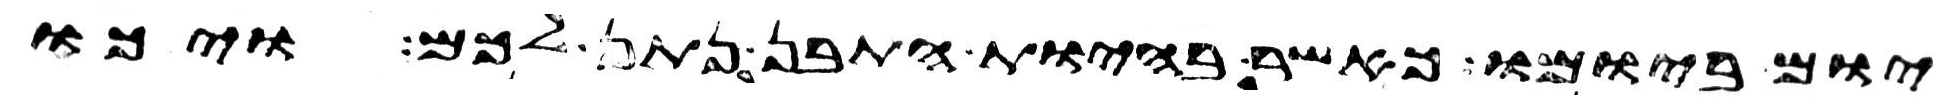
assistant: יום ביומו כאשר בהיות התבן נתן לכם ויכו